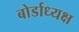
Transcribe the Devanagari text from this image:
बोर्डाध्यक्ष